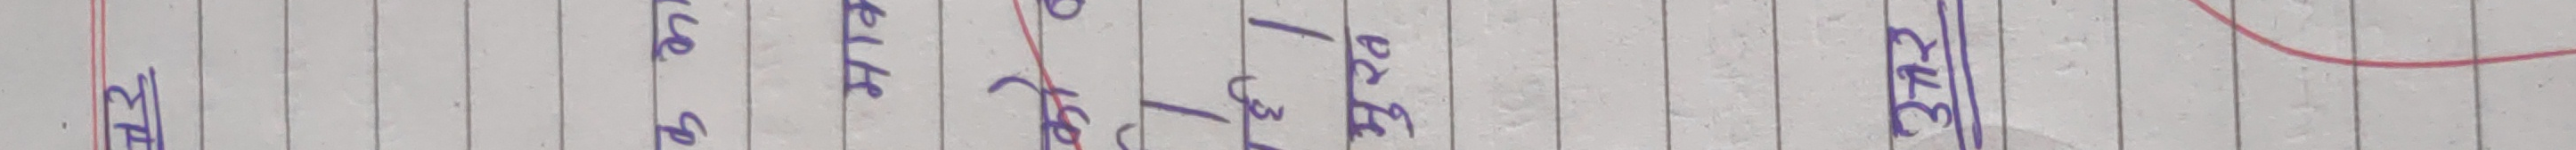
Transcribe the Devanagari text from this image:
भाउ का